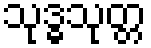
သုဒ္ဓသုတ္တ